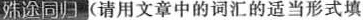
殊途同归(请用文章中的词汇的适当形式填